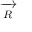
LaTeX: \xrightarrow [ { R } ] { }